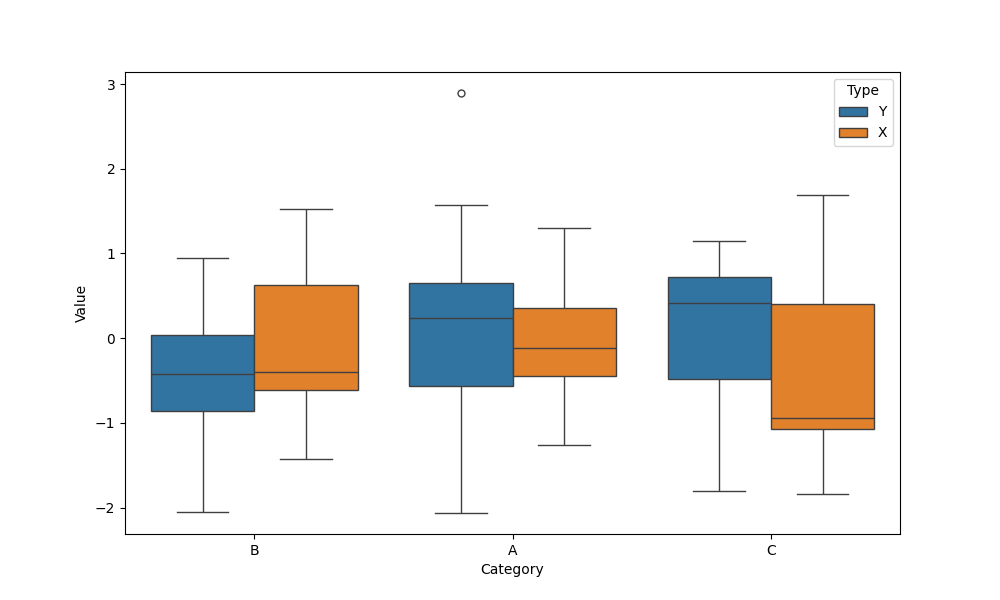
python, seaborn, boxplot, width=0.8, linewidth=1, fliersize=5, notch=False